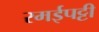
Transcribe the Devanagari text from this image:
रमईपट्टी